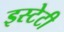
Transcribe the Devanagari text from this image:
इस्टेटी